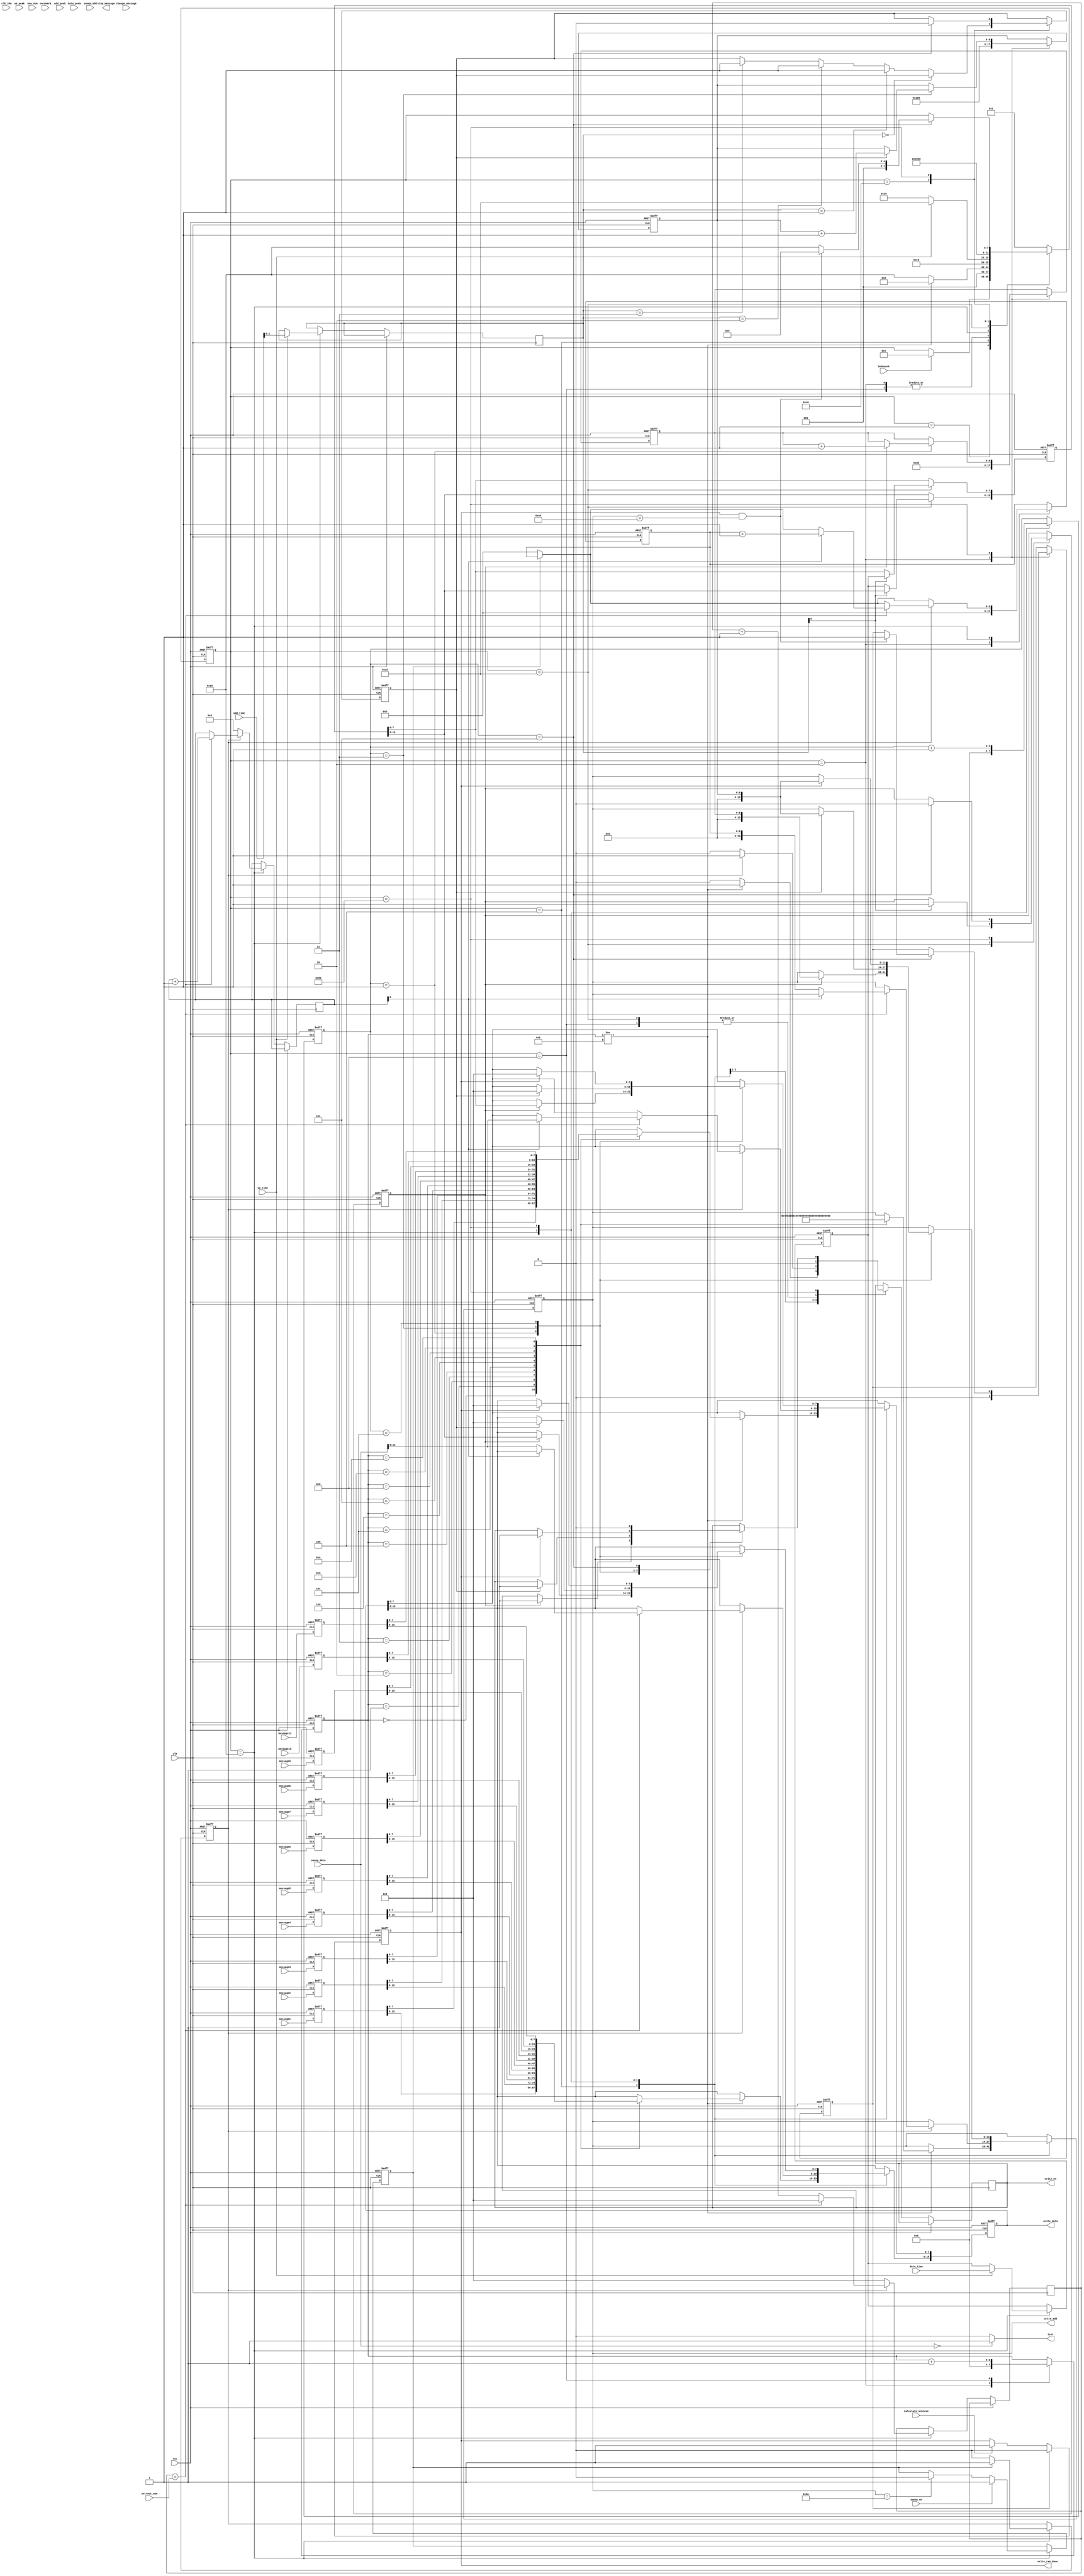
module write_to_ram(
    input clk,
    input clk_20m,
    input rst,
    input oncemark,
    input bodymark,
//    input stopmark,
    input we_time,           //（根据前面模块调用时的信息）写使能
    input we_peak,           //写使能，与上一个输入相同
    input [13:0]add_time,    //写的地址
    input [13:0]add_peak,    //写的地址，与上一个输入相同
    input [7:0]data_time,   //到时
    input [11:0]data_peak,   //峰值
    input calculate_achieve,
    input [7:0]now_num,
    input sweep_en,
    input sweep_add,
    input [15:0]sweep_data,//现在是在untreated_data_ram里读出来的
    input change_message,
    input [15:0]message1,
    input [15:0]message2,
    input [15:0]message3,
    input [15:0]message4,
    input [15:0]message5,
    input [15:0]message6,
    input [15:0]message7,
    input [15:0]message8,
    input [15:0]message9,
    input [15:0]message10,
    input [15:0]message11,
    input [7:0]extract_num,
    
    output write_ram_done,
    output reg stop_message,
    output write_en,
    output [13:0]write_add,
    output [15:0]write_data,
    output test
    );

reg write_en;
reg [13:0]write_add_t;
reg [15:0]write_data_t;
/*************** contorl reg *****************************/
reg change_msg,w_time,w_peak,w_sweep,sweep_en_t;
reg [1:0]add_t;
reg calculate_achieve_t,calculate_achieve_s;
/************** data reg **********************************/
reg [15:0]time_reg , peak_reg;
reg [7:0]peak_t_reg;
reg [7:0]time_save;
reg [11:0]peak_save;
/************** counter reg **************************/
reg [3:0]msg_cnt;
reg [8:0]sweep_cnt;
reg [8:0]time_cnt;
reg [8:0]peak_cnt;
reg [3:0]write_add_cnt;
reg [7:0]extract_cnt;
reg [8:0]sweep_i;
/************* word[0..10] data ************************/
reg [15:0]messge_1 , messge_2 ,messge_3 ,messge_4 ,messge_5 ,messge_6 ,messge_7 ,messge_8 ,messge_9 ,messge_10 ,messge_11 ;
/*************** test wire ****************************************/
reg [15:0]sweep_data_test;
wire test;
assign test = ( sweep_data == 16'd0) ? 1'b1 : 1'b0;

reg [7:0]state,next_state;
parameter IDLE = 8'b0000_0001;
parameter WAIT = 8'b0000_0010;
parameter MSG = 8'b0000_0100;
parameter MSG_DONE = 8'b0000_1000;
parameter WAIT_TP = 8'b0001_0000;
parameter TIME = 8'b0010_0000;
parameter PEAK = 8'b0100_0000;
parameter DONE = 8'b1000_0000;


assign write_add = write_add_t ;//实际用时候，上传参数发现整体向前移一位，所以每一个地址 +1
assign write_data = write_data_t;
assign write_ram_done = calculate_achieve_t;//下降沿时，代表写ram完成

always@(negedge clk or posedge rst)
begin
    if(rst)
    begin
        sweep_data_test <= 16'd0;
    end
    else
    begin
        if(sweep_data == 16'd0)
            sweep_data_test <= 16'd1;
         else
            sweep_data_test <= sweep_data;
    end
end


always@(posedge clk or posedge rst)
begin
    if(rst)
    begin
        messge_1 <= 16'd0;
        messge_2 <= 16'd0;
        messge_3 <= 16'd0;
        messge_4 <= 16'd0;
        messge_5 <= 16'd0;
        messge_6 <= 16'd0;
        messge_7 <= 16'd0;
        messge_8 <= 16'd0;
        messge_9 <= 16'd0;
        messge_10 <= 16'd0;
        messge_11 <= 16'd0;
    end
    else
    begin
            messge_1 <= message1;
            messge_2 <= message2;
            messge_3 <= message3;
            messge_4 <= message4;
            messge_5 <= message5;
            messge_6 <= message6;
            messge_7 <= message7;
            messge_8 <= message8;
            messge_9 <= message9;
            messge_10 <= message10;
            messge_11 <= message11;
    end
end

//always@(posedge clk or posedge rst)
//begin
//    if(rst)
//    begin
//        state <= IDLE;
//    end
//    else
//    begin
//        state <= next_state;
//    end
//end

//always@(state,bodymark)
//begin
//    next_state = state;
//    case(state)
//    IDLE:
//    begin
//        next_state = WAIT;
//    end
//    WAIT:
//    begin
//        sweep_cnt <= 9'd11;
//        time_cnt <= 9'd139;
//        peak_cnt <= 9'd264;
//        msg_cnt <= 4'd0;
//        calculate_achieve_s <= 1'b0;
//        if(bodymark)
//            next_state <= MSG;
//    end
//    MSG:
//    begin
    
//    end
    
//    endcase
//end

always@(posedge clk or posedge rst)
begin
    if(rst)
    begin
        state <= IDLE;
        msg_cnt <= 4'd0;
        sweep_cnt <= 9'd11;
        time_cnt <= 9'd139;
        peak_cnt <= 9'd264;
        time_reg <= 16'd0;
        peak_reg <= 16'd0;
        peak_t_reg <= 8'd0;
        write_add_cnt <= 4'd0;
        write_add_t <= 14'd0;
        write_data_t <= 16'd0;
        sweep_en_t <= 1'b0;
        w_sweep <= 1'b0;
        w_time <= 1'b0;
        w_peak <= 1'b0;
        calculate_achieve_s <= 1'b0;
        time_save <= 8'd0;
        peak_save <= 12'd0;

    end
    else
    begin
        case(state)
        IDLE:
        begin
            if(bodymark)
                state <= WAIT;
//            else
//                state <= IDLE;
        end
        
        WAIT:
        begin
            sweep_cnt <= 9'd11;
            time_cnt <= 9'd139;
            peak_cnt <= 9'd264;
//            if(change_message)    //if message changed , write message agine
//            begin
                msg_cnt <= 4'd0;
//                stop_message <= 1'b1;
//            end
//            else
//            begin
//                stop_message <= 1'b0;
//            end
            calculate_achieve_s <= 1'b0;
//            if(oncemark)
                state <= MSG;//写message1-11只在每一周期开始时写的，以bodymak信号或者上周结束信号作为开始的同步信号
//            else if(stopmark)
//                state <= IDLE;
//            else
//                state <= WAIT;
        end
        
        MSG://write message into ram(11 word)
        begin
            if(msg_cnt != 4'd11)
            begin
                write_en <= 1'b1;
                case(msg_cnt)
                4'd0 : 
                    begin
                    write_data_t <= messge_1;//test messge_1
                    write_add_t <= 14'd0;//对应的地址
                    end
                4'd1 : 
                    begin
                    write_data_t <= messge_2;//test messge_2
                    write_add_t <= 14'd1;
                    end
                4'd2 : 
                    begin
                    write_data_t <= messge_3;//test  messge_3
                    write_add_t <= 14'd2;
                    end
                4'd3 : 
                    begin
                    write_data_t <= messge_4;//test  messge_4
                    write_add_t <= 14'd3;
                    end
                4'd4 : 
                    begin
                    write_data_t <= messge_5;//test messge_5
                    write_add_t <= 14'd4;
                    end
                4'd5 : 
                    begin
                    write_data_t <= messge_6;//test messge_6
                    write_add_t <= 14'd5;
                    end
                4'd6 : 
                    begin
                    write_data_t <= messge_7;//test messge_7
                    write_add_t <= 14'd6;
                    end
                4'd7 : 
                    begin
                    write_data_t <= messge_8;//test messge_8 
                    write_add_t <= 14'd7;
                    end
                4'd8 : 
                    begin
                    write_data_t <= messge_9;//test messge_9
                    write_add_t <= 14'd8;
                    end
                4'd9 : 
                    begin
                    write_data_t <= messge_10;//test messge_10
                    write_add_t <= 14'd9;
                    end
                4'd10 : 
                    begin
                    write_data_t <= messge_11;//test messge_11
                    write_add_t <= 14'd10;
                    end
//                 4'd11:
//                    begin
//                    write_data_t <= 16'hf1f1;
//                    write_add_t <= 14'd451;
//                    end
//                 4'd12:
//                    begin
//                    write_data_t <= 16'hee22;
//                    write_add_t <= 14'd452;
//                    end
                endcase
                state <= MSG_DONE;
            end
            else
            begin
                write_en <= 1'b0;
                state <= WAIT_TP;
            end
        end
        
        MSG_DONE:
        begin
            msg_cnt <= msg_cnt + 1'b1;
            write_en <= 1'b0;
            state <= MSG;
        end
        
        WAIT_TP:
        begin
            write_add_cnt <= 4'd0;
            if(we_time)
            begin
                time_save <= data_time;
                peak_save <= data_peak;
                add_t <= add_time[1:0];//add_time输入的是地址，地址的末位是0 1 交替的 这样来判断拼接
                state <= TIME;
            end
            else
                state <= WAIT_TP;
            
            if(sweep_en)
                sweep_en_t <= 1'b1;
            else if(write_add_t == 9'd138)//sweep_cnt//128个波形数据写完了，把使能关掉   地址为11到138  
                sweep_en_t <= 1'b0;
            
            if(sweep_en_t)
                w_sweep <= 1'b1;
            else 
            begin
                sweep_cnt <= 9'd11;//存在ram里面的地址，前面的message已经存了10个地址了，后面的就要从11开始加
                w_sweep <= 1'b0;
            end
            
            if(w_sweep)//write sweep int ram
            begin
                write_en <= 1'b1;
                
                if(extract_cnt == extract_num)
                begin
                    sweep_i <= sweep_i + 1'b1;
                    if(sweep_i[0] == 1'b1)//拼接时候用的，0 1 2 3  4 排列起来最后一位都是 0 1 交替的
                    begin
                        write_data_t[7:0] <=  sweep_data[13:6] ; //  sweep_data[13:6]   test // 只上传了adc的高8位数据
                        sweep_cnt <= sweep_cnt + 1'b1;
                    end
                    else
                    begin
                        write_data_t[15:8] <= sweep_data[13:6] ;  // sweep_data[13:6]  test
                        write_add_t <= sweep_cnt;
                    end
                    extract_cnt <= 8'd0;
                end
                else
                begin
                    extract_cnt <= extract_cnt + 1'b1;
                end
            end
            else
            begin
                extract_cnt <= 8'd0;
                sweep_i <= 9'd0;
                write_en <= 1'b0;
            end
        end
        
        TIME://数据拼接，8位转16bit
        begin
            write_en <= 1'b0;
            if(add_t[0] == 1'b0)
                time_reg[15:8] <= time_save;
            else
            begin
                time_reg[7:0] <= time_save;
                w_time <= 1'b1;
            end
           state <= PEAK;
        end
        
        PEAK://数据拼接，12bit接16bit
        begin
            state <= DONE;
            if(add_t[1:0] == 2'b00)
            begin
                peak_reg[15:4] <= peak_save;//12bits的幅度数据
            end
            else if(add_t[1:0] == 2'b01)
            begin
                peak_reg[3:0] <= peak_save[11:8];
                peak_t_reg <= peak_save[7:0];//带t临时变量，存储这次周期peak_save中没有存储进peak_reg中的数据
                w_peak <= 1'b1;
            end
            else if(add_t[1:0] == 2'b10)
            begin
                peak_reg[15:8] <= peak_t_reg;
                peak_reg[7:0] <= peak_save[11:4];
                peak_t_reg[3:0] <= peak_save[3:0];
                w_peak <= 1'b1;
            end
            else if(add_t[1:0] == 2'b11)
            begin
                peak_reg[15:12] <= peak_t_reg[3:0];
                peak_reg[11:0] <= peak_save;
                w_peak <= 1'b1;
            end
        end
        
        DONE://write time and peak into ram (125 word time , 188 word peak)
        begin
            write_add_cnt <= write_add_cnt + 1'b1;
            case(write_add_cnt)
            4'd1 : if(w_time)
                    begin
                    write_add_t <= time_cnt;
                    write_data_t <= time_reg; //  time_reg  test
                    write_en <= 1'b1;
                    time_cnt <= time_cnt + 1'b1;
                    end
                    
            4'd3 : if( w_peak)
                    begin
                    write_add_t <= peak_cnt;
                    write_data_t <= 16'd0;// peak_reg  test
                    write_en <= 1'b1;
                    peak_cnt <= peak_cnt + 1'b1;
                    end
            
            4'd5 : if(calculate_achieve_t)
                    begin
                    write_add_t <= peak_cnt;
                    write_data_t <=  {8'd0 , 8'b0000_0000};//  {peak_t_reg , 8'b0000_0000}  test
                    write_en <= 1'b1;
                    end
            
            4'd7 : begin
                    write_en <= 1'b0;
                    w_time <= 1'b0;
                    w_peak <= 1'b0;
                    if(calculate_achieve_t && write_add_t > 13'd160)
                    begin
                        state <= WAIT;
                        calculate_achieve_s <= 1'b1;
                    end
                    else
                        state <= WAIT_TP;
                    end
                
           endcase     
            
        end
        
        default:
        begin
            state <= IDLE;
        end
        endcase
    end
end

always@(posedge clk or posedge rst)
begin
    if(rst)
        calculate_achieve_t <= 1'b0;
    else 
    begin
    if(calculate_achieve)
        calculate_achieve_t <= 1'b1;//把这个计算完成的脉冲延长（产生和使用不在一个时间）使用完成之后在清零
    if(calculate_achieve_s)
        calculate_achieve_t <= 1'b0;
    end
end

endmodule